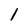
Character: l